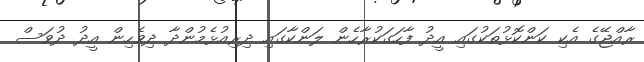
ރާއްޖޭގެ އެކި ކަންކޮޅުތަކުގައި އީދު ފާހަގަކުރާހެން ލަންކާގައި ދިރިއުޅެމުންދާ ދިވެހިން އީދު ދުވަސް